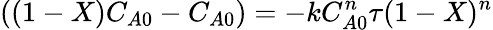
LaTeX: ((1-X)C_{A0}-C_{A0})=-kC_{A0}^{n}\tau(1-X)^{n}